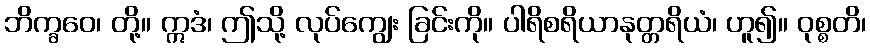
ဘိက္ခဝေ၊ တို့။ ဣဒံ၊ ဤသို့ လုပ်ကျွေး ခြင်းကို။ ပါရိစရိယာနုတ္တရိယံ၊ ဟူ၍။ ဝုစ္စတိ၊